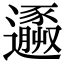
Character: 𨘹